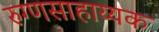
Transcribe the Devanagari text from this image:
रुग्णसाहाय्यक